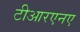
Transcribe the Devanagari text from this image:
टीआरएनए